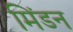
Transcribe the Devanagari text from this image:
मिंडन